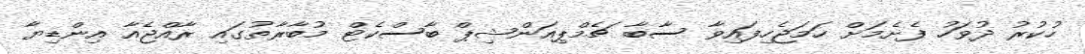
ހުކުރު ދުވަހު ފެށެމަށް ހަމަޖެހިފައިވާ ސާބާ ޗެމްޕިއަންޝިޕް ބާސްކެޓް މުބާރާތުގައި ރާއްޖެއާ އިންޑިޔާ